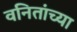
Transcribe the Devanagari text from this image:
वनितांच्या